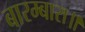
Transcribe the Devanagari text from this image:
बारम्बारा॥